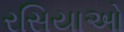
રસિયાઓ